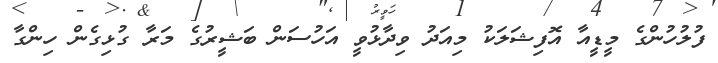
ފުލުހުންގެ މީޑީއާ އޮފިޝަލަކު މިއަދު ވިދާޅުވީ އަހުސަން ބަޝީރުގެ މަރާ ގުޅިގެން ހިންގާ